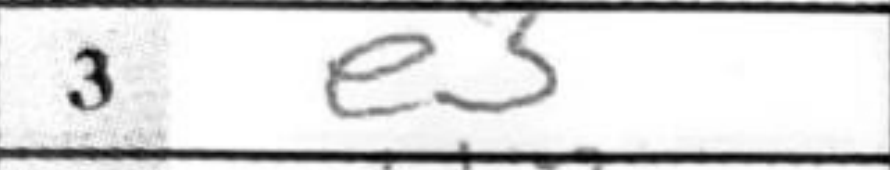
Transcription: e3